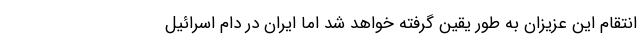
انتقام این عزیزان به طور یقین گرفته خواهد شد اما ایران در دام اسرائیل